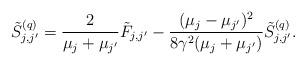
LaTeX: \begin{align*} \tilde S^{(q)}_{j,j'} = \frac{2}{\mu_{j} + \mu_{j'}} \tilde F_{j,j'} - \frac{(\mu_{j} - \mu_{j'})^2}{8\gamma^2(\mu_{j} + \mu_{j'})} \tilde S^{(q)}_{j,j'}.\end{align*}